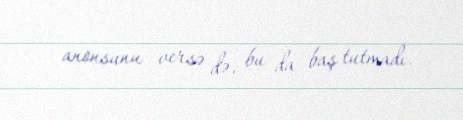
anonsunu versə də, bu da baş tutmadı.